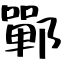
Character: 鄲